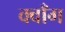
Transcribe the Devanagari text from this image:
क्वाँग